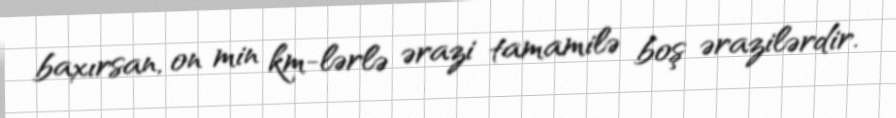
baxırsan, on min km-lərlə ərazi tamamilə boş ərazilərdir.